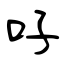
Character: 吇